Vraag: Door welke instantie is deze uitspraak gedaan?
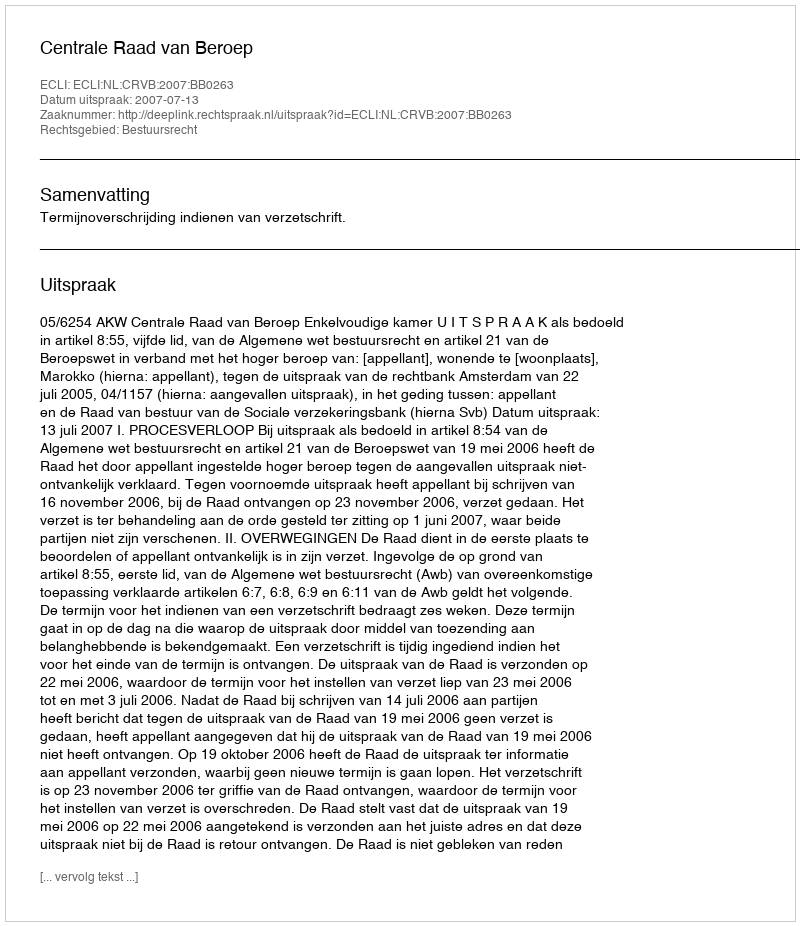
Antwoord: Centrale Raad van Beroep